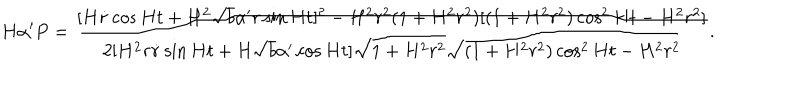
H \alpha ^ { \prime } P = \frac { [ H \dot { r } \cos H t + H ^ { 2 } \sqrt { b } \alpha ^ { \prime } r \sin H t ] ^ { 2 } - H ^ { 2 } r ^ { 2 } ( 1 + H ^ { 2 } r ^ { 2 } ) [ ( 1 + H ^ { 2 } r ^ { 2 } ) \cos ^ { 2 } H t - H ^ { 2 } r ^ { 2 } ] } { 2 [ H ^ { 2 } r \dot { r } \sin H t + H \sqrt { b } \alpha ^ { \prime } \cos H t ] \sqrt { 1 + H ^ { 2 } r ^ { 2 } } \sqrt { ( 1 + H ^ { 2 } r ^ { 2 } ) \cos ^ { 2 } H t - H ^ { 2 } r ^ { 2 } } } .